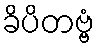
ခိပိတဗ္ဗံ